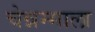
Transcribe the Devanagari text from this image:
चेन्नम्माला